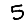
Digit: 5